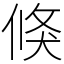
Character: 倏